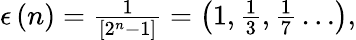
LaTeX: \begin{array}{r}{\epsilon\left(n\right)=\frac{1}{\left[2^{n}-1\right]}=\left(1,\frac{1}{3},\frac{1}{7}\ldots\right),}\end{array}